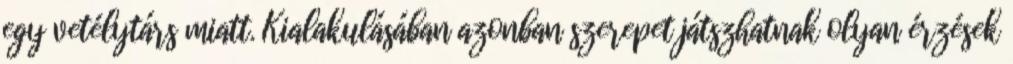
egy vetélytárs miatt. Kialakulásában azonban szerepet játszhatnak olyan érzések